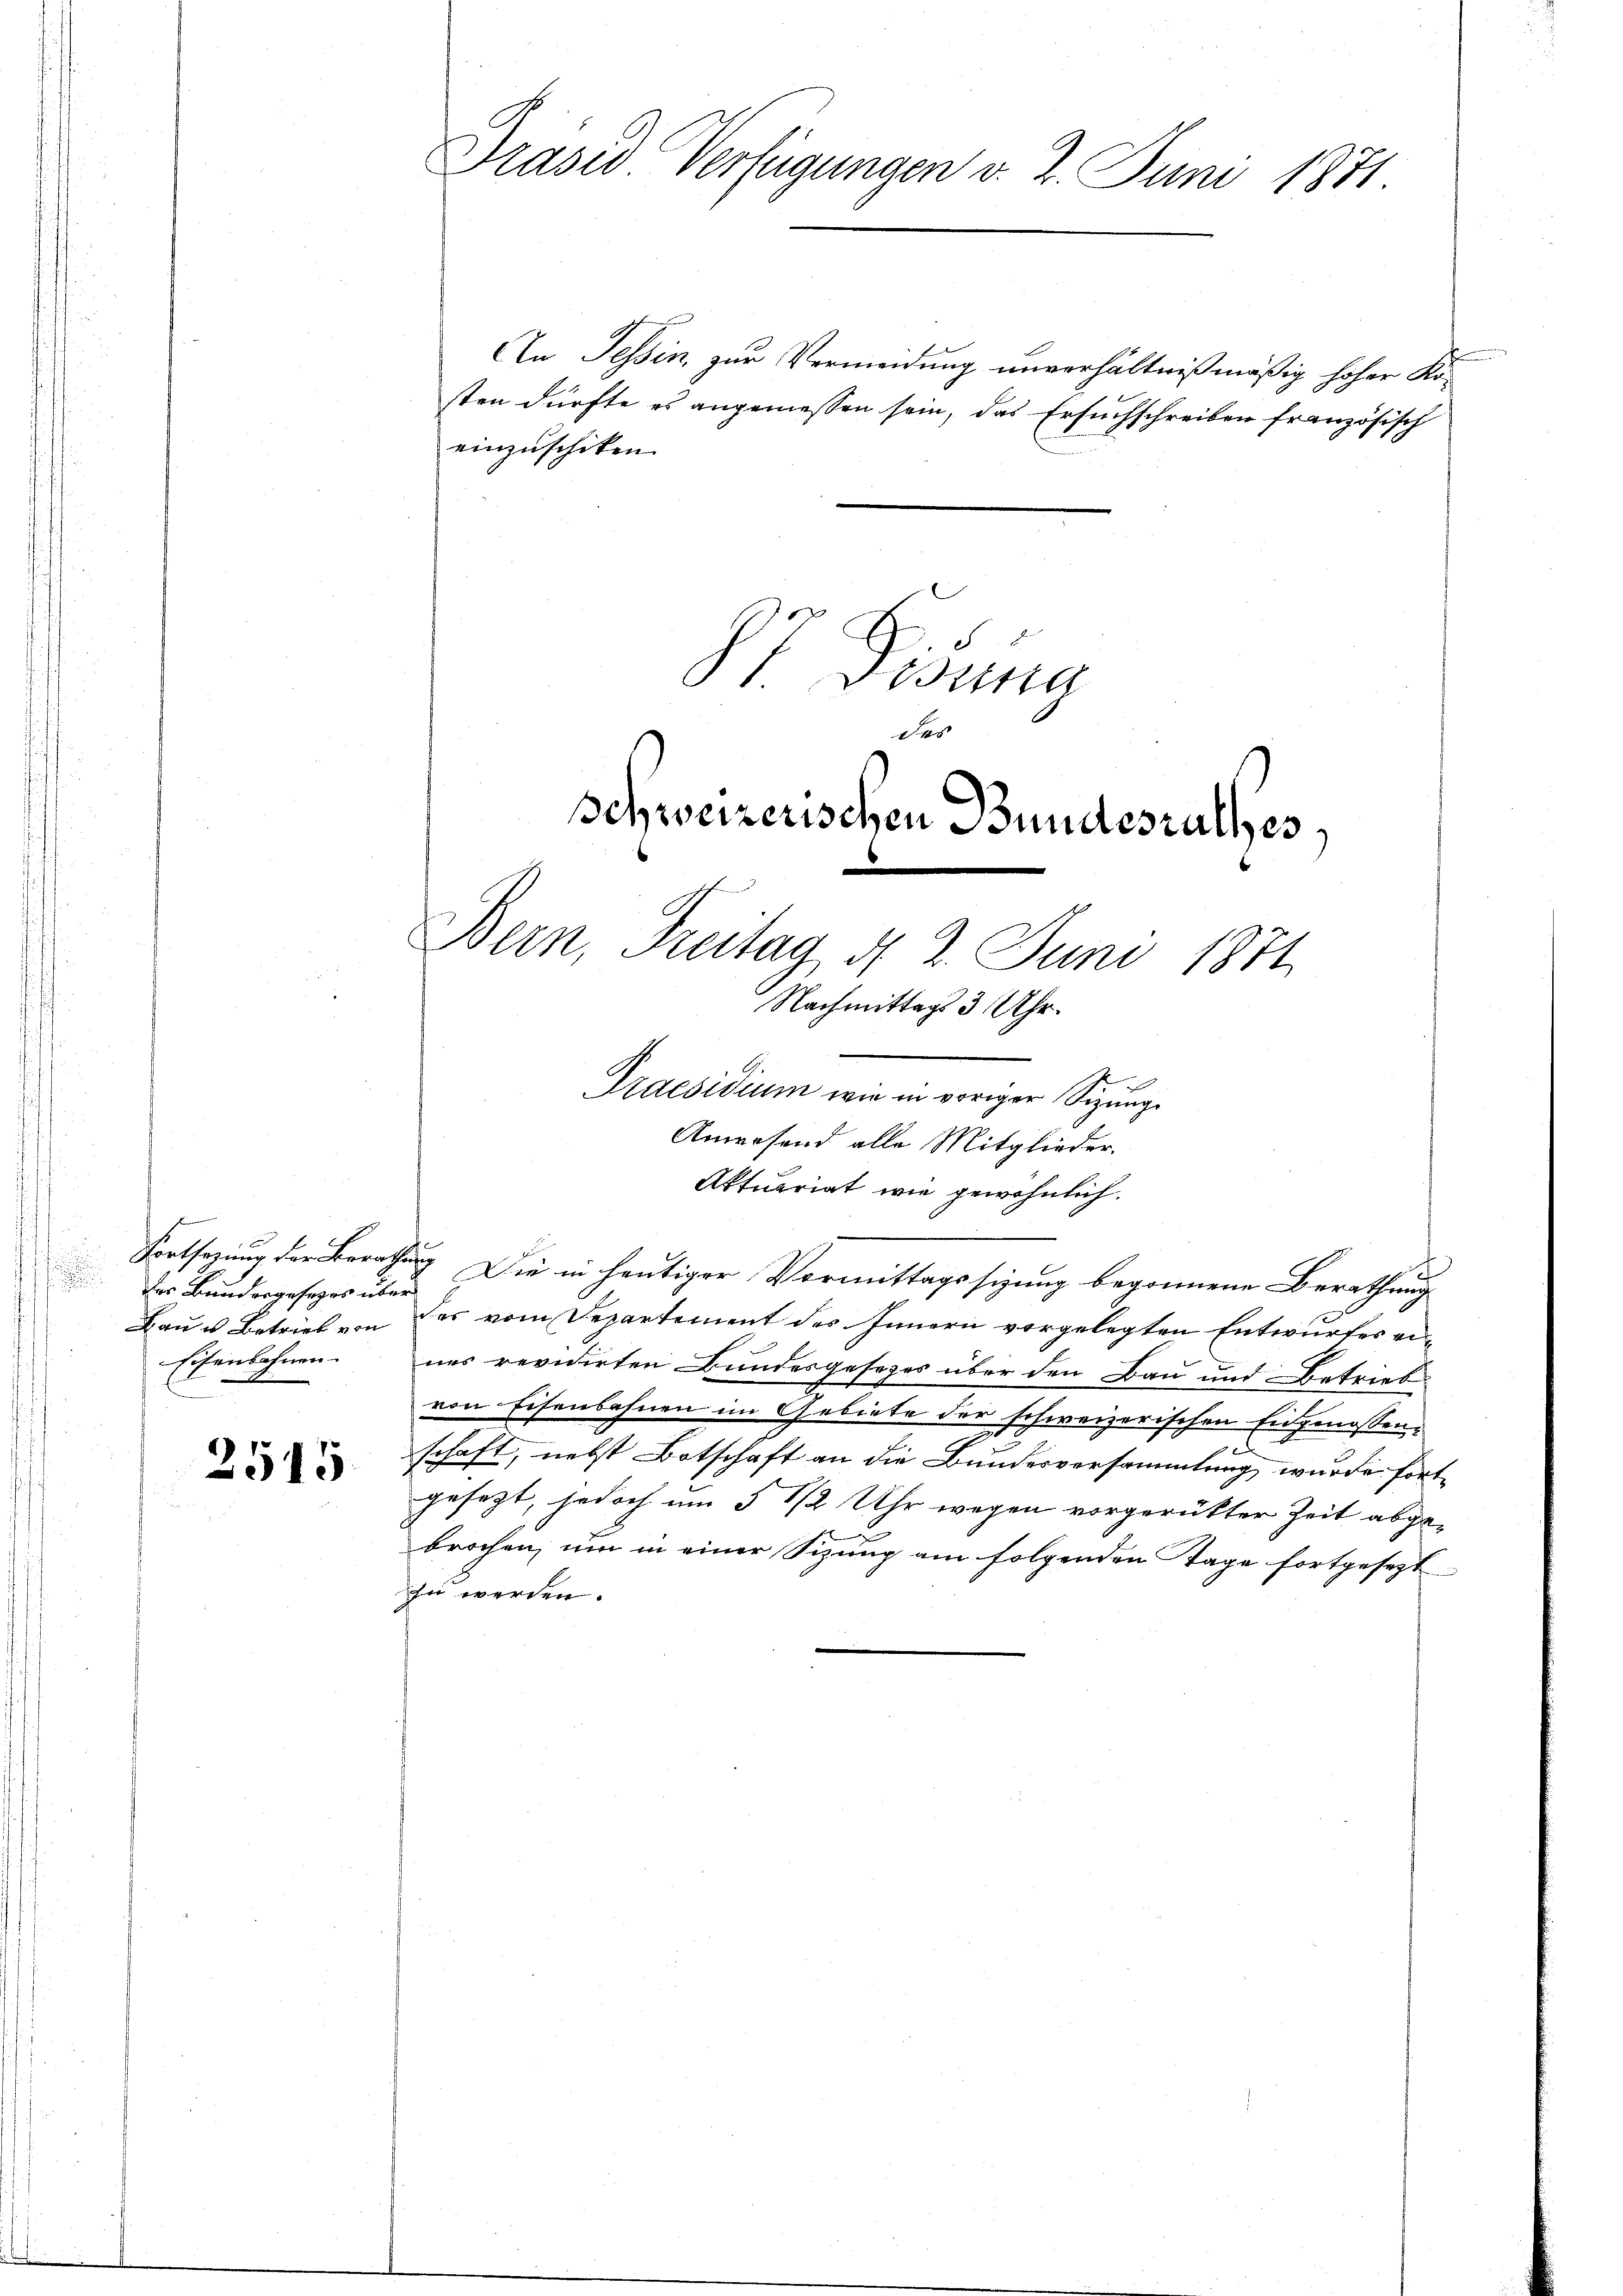
des Bundesgesezes über
Eisenbahnen.

2515

Präses Verfügungen v. 2. Juni 1871.

An Tessin, zur Vermeidung unverhältnißmäßig hoher Kosten dürfte es angemessen sein, das Ersuchschreiben französisch
einzuschiken.
7 Febung
Des

Bern, Freitag, d. 2. Juni 1871
Nachmittags 3 Uhr.

Anwesend alle Mitglieder.

schweizerischen Bundesrathes,

Aktuariat wie gewöhnlich.
Fortsezung der Berathung Die in heutiger Vormittagssizung begonnene Berathung
Bau u. Betrieb von des vom Departement des Innern vorgelegten Entwurfes eines revidirten Bandesgesezes über den Bau und Betrieb
von Eisenbahnen im Gebiete der schweizerischen Eidgenossene
schaft, nebst Botschaft an die Bundesversammlung, wurde fortgesezt, jedoch um 5 1/2 Uhr wegen vorgerütter Zeit abge¬
1
brochen, um in einer Sizung am folgenden Tage fortgesezt
zu werden.

Praesidium wie in voriger Sizung